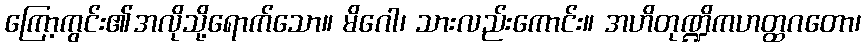
ကြော့ကွင်း၏အလိုသို့ရောက်သော။ မိဂေါ၊ သားလည်းကောင်း။ အဟိတုဏ္ဍိကဟတ္ထဂတော၊